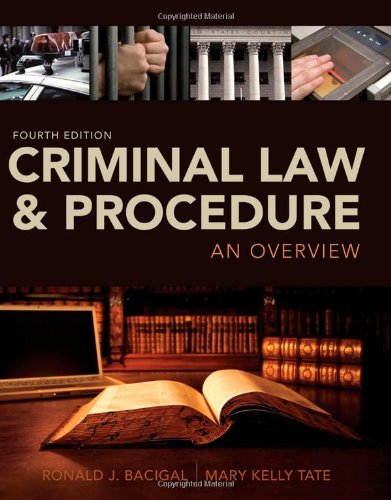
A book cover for Criminal Law and Procedure: An Overview; Ronald J. Bacigal; Law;